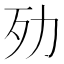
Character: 𣦺